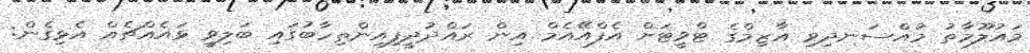
މައުލޫމާތު މުއްސަނދިވި އާޒިމްގެ ޓްވީޓަށް އެފްއޭއެމް އިން ރައްދުދީފިއިންތިހާބުގައި ބަލިވީ ޅައެއްޗެއް އެޅިގެން: